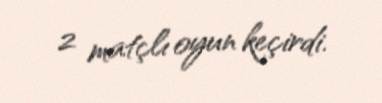
2 matçlı oyun keçirdi.